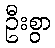
ဦးစွာ